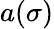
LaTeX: a(\sigma)